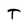
Character: T